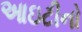
આઇટીનો